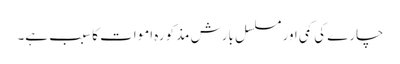
چارے کی کمی اور مسلسل بارش مذکورہ اموات کا سبب ہے۔